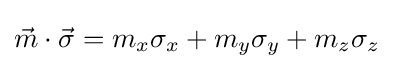
{\vec {m}}\cdot {\vec {\sigma }}=m_{x}\sigma _{x}+m_{y}\sigma _{y}+m_{z}\sigma _{z}